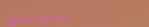
ممنوع الدخول